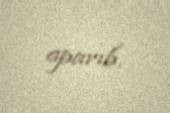
aparıb.